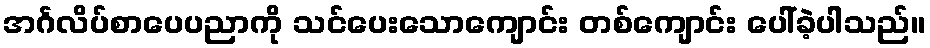
အင်္ဂလိပ်စာပေပညာကို သင်ပေးသောကျောင်း တစ်ကျောင်း ပေါ်ခဲ့ပါသည်။